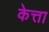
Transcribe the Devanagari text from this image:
केत्ता